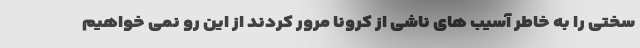
سختی را به خاطر آسیب های ناشی از کرونا مرور کردند از این رو نمی خواهیم